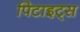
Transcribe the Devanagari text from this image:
पिटाइट्स